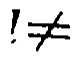
\(\neq\)